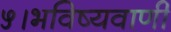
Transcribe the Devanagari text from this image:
५।भविष्यवाणी